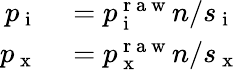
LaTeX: \begin{array}{rl}{p_{\mathrm{~i~}}}&{{}=p_{\mathrm{~i~}}^{\mathrm{~r~a~w~}}n/s_{\mathrm{~i~}}}\\ {p_{\mathrm{~x~}}}&{{}=p_{\mathrm{~x~}}^{\mathrm{~r~a~w~}}n/s_{\mathrm{~x~}}}\end{array}